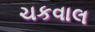
ચકવાલ